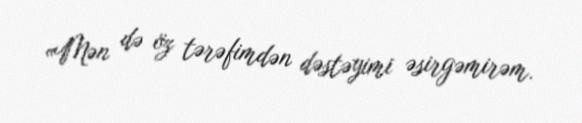
«Mən də öz tərəfimdən dəstəyimi əsirgəmirəm.